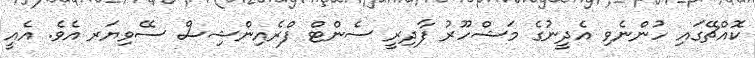
ކޮއްޗޭގައި ހުންނެވި އެދީނުގެ މަޝްހޫރު ފާދިރީ ސެންޓް ފްރެއިންޝިސް ސޭވިޔަރ އެވެ. އެއީ